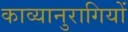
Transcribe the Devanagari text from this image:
काव्यानुरागियों